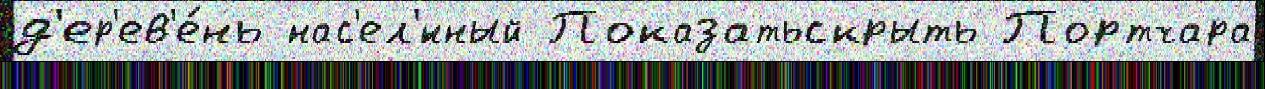
д'ер'ев'е́нь нас'ел'́нный Показатьскрыть Портчара